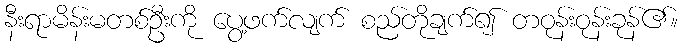
နီးရာမိန်းမတစ်ဦးကို ပွေ့ဖက်လျက် စည်တိုချက်၍ တဝုန်းဝုန်းခုန်၏။